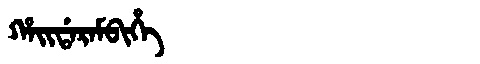
Manchu: ᡥᠠᡳᡩᠠᡵᠠᠮᠪᡳᡥᡝ
Romanization: HAIDARAMBIHE